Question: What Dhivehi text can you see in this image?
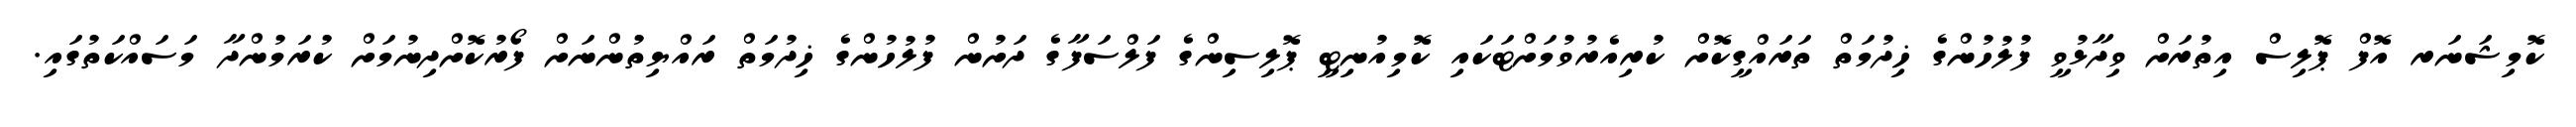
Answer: ކޮމިޝަނަރ އޮފް ޕޮލިސް އިތުރަށް ވިދާޅުވީ ފުލުހުންގެ ޚިދުމަތް ތަރައްގީކޮށް ކުރިއެރުވުމަށްޓަކައި ކޮމިއުނިޓީ ޕޮލިސިންގެ ފަލްސަފާގެ ދަށުން ފުލުހުންގެ ޚިދުމަތް ރައްޔިތުންނަށް ފޯރުކޮށްދިނުމަށް ކުރަމުންދާ މަސައްކަތުގައި.